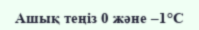
Ашық теңіз 0 және –1°С